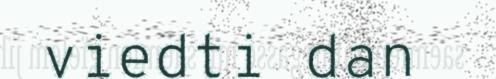
viedti dan